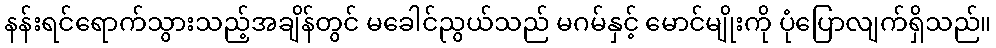
နန်းရင်ရောက်သွားသည့်အချိန်တွင် မခေါင်ညွယ်သည် မဂမ်နှင့် မောင်မျိုးကို ပုံပြောလျက်ရှိသည်။